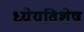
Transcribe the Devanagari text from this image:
ध्येयविशेष